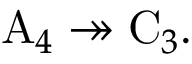
\mathrm { A } _ { 4 } \twoheadrightarrow \mathrm { C } _ { 3 } .